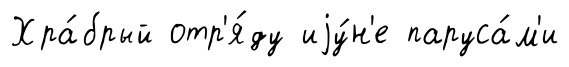
Хра́брый отр'я́ду иjу́н'е паруса́м'и